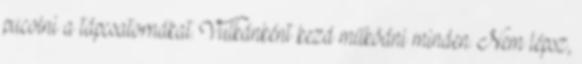
pucolni a tápcsatornákat. Vulkánként kezd működni minden. Nem lépsz,